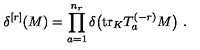
\delta ^ { [ r ] } ( M ) = \prod _ { a = 1 } ^ { n _ { r } } \delta \big ( \mathrm { t r } _ { K } T _ { a } ^ { ( - r ) } M \big ) \ .